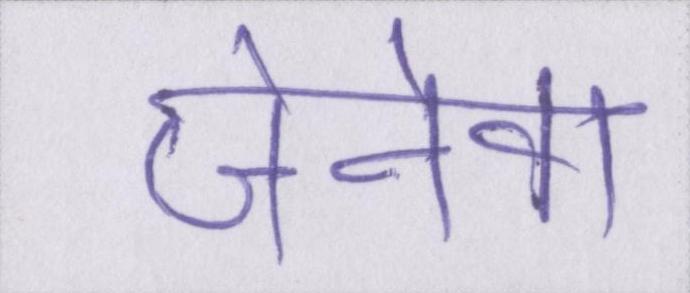
जेनेवा